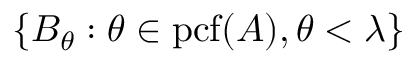
\{ B _ { \theta } : \theta \in \mathrm { { p c f } } ( A ) , \theta < \lambda \}